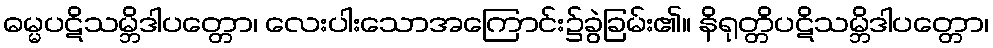
ဓမ္မပဋိသမ္ဘိဒါပတ္တော၊ လေးပါးသောအကြောင်း၌ခွဲခြမ်း၏။ နိရုတ္တိပဋိသမ္ဘိဒါပတ္တော၊